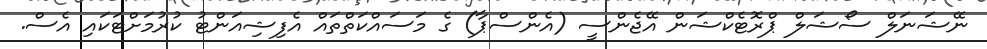
ނޭޝަނަލް ސޯޝަލް ޕްރޮޓެކްޝަން އޭޖެންސީ (އެންސްޕާ) ގެ މަސައްކަތްތައް އެފިޝިއަންޓު ކުރުމަށްޓަކައި އެސް.